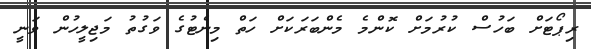
ރިޕޯޓަށް ބަހުސް ކުރުމަށް ކޮންމެ މެންބަރަކަށް ހަތް މިނެޓުގެ ވަގުތު މަޖިލީހުން ވަނީ